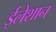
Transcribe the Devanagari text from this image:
ईलेशान